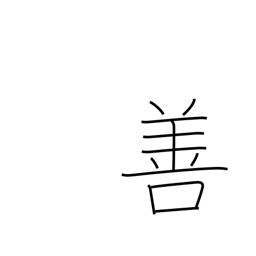
Meaning: goodness